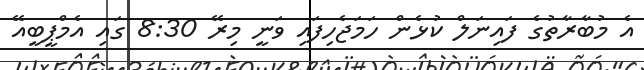
އެ މުބާރާތުގެ ފައިނަލް ކުޅެން ހަމަޖެހިފައި ވަނީ މިރޭ 8:30 ގައި އެމްޕީބީއޭ